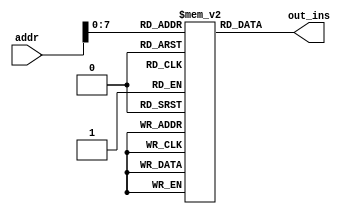
module IM(input [15:0] addr,output [31:0] out_ins);
    reg [31:0] memory [0:255];
    reg [31:0] out_ins;
    integer i;
    initial begin
        for(i=0;i<=255;i=i+1) begin
            memory[i]=0;
        end
        memory[0]=32'b00000100000100000000000000000000; //reg0=reg2+reg1=3
        memory[1]=32'b00000000000100100000000000000001; //reg4=reg0-reg1=2
        memory[2]=32'b00011000001100000000000000010100; //reg0=reg12&reg30=0
        memory[3]=32'b10000000000000000000000010000000; //reg0+=8=8
        memory[4]=32'b10000000000000000000000001000011; //reg0/=4=2
        memory[5]=32'b10000010000000000000000000101011; //reg1=2
        memory[6]=32'b10000010000000000000000000001100; //DM[0]=reg1=2
        memory[7]=32'b01000010011100000000000000001000; //DM[reg7(7)]=reg1=2
        memory[8]=32'b10001100000000000000001100001010; //reg6=DM[48]=48
        memory[9]=32'b10000000000000000000000000101011; //reg0=2
        memory[10]=32'b01000000000100000000000000100001; //reg0==reg1?->PC+=2(=12)(triggered)
        //memory[10]=32'b01000000000100000000000011000000; //reg0==reg1?->PC=12(triggered)
        memory[11]=32'b01000000000100000000000000100001; //reg0==reg1?->PC+=2(skipped)
        memory[12]=32'b00000100000100000000000000000000; //reg2+reg1->reg0=4
        memory[13]=32'b01000000000100000000000000100010; //reg0==reg1?->PC=DM[2]=2(untriggered)
        //memory[14]=32'b01000100000100000000000001000010; //reg2==reg1?->PC=DM[4]=4(triggered)
        //memory[14]=32'b11000000000000000000000001000000; //jmp 4
        //memory[14]=32'b10000000000000000000000000001101; //jmp (reg0=4)
        memory[14]=32'b10000100000000000000000000101110; //jmp (reg3+2=4)
        memory[15]=32'b11000000000000000000000001010011; //PC+=DM[5](=9)(invalid)
    end
    always@(*)begin
        out_ins=memory[addr];
    end
endmodule